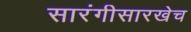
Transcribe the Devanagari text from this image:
सारंगीसारखेच